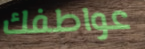
عواطفك